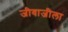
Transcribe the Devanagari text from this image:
जीवाजीला